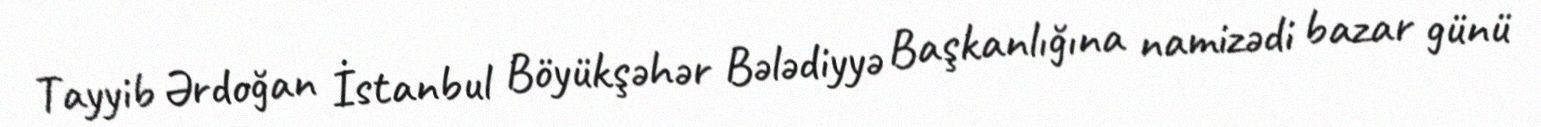
Tayyib Ərdoğan İstanbul Böyükşəhər Bələdiyyə Başkanlığına namizədi bazar günü